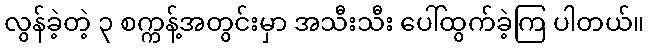
လွန်ခဲ့တဲ့ ၃ စက္ကန့်အတွင်းမှာ အသီးသီး ပေါ်ထွက်ခဲ့ကြ ပါတယ်။